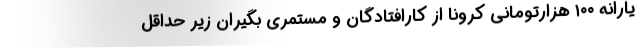
یارانه ۱۰۰ هزارتومانی کرونا از کارافتادگان و مستمری بگیران زیر حداقل